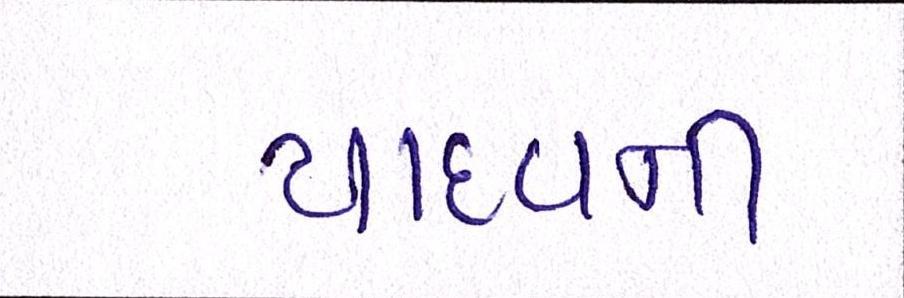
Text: યાદવની